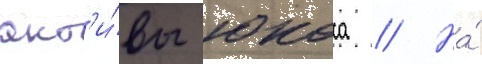
акт'и́вы юкоса // На́